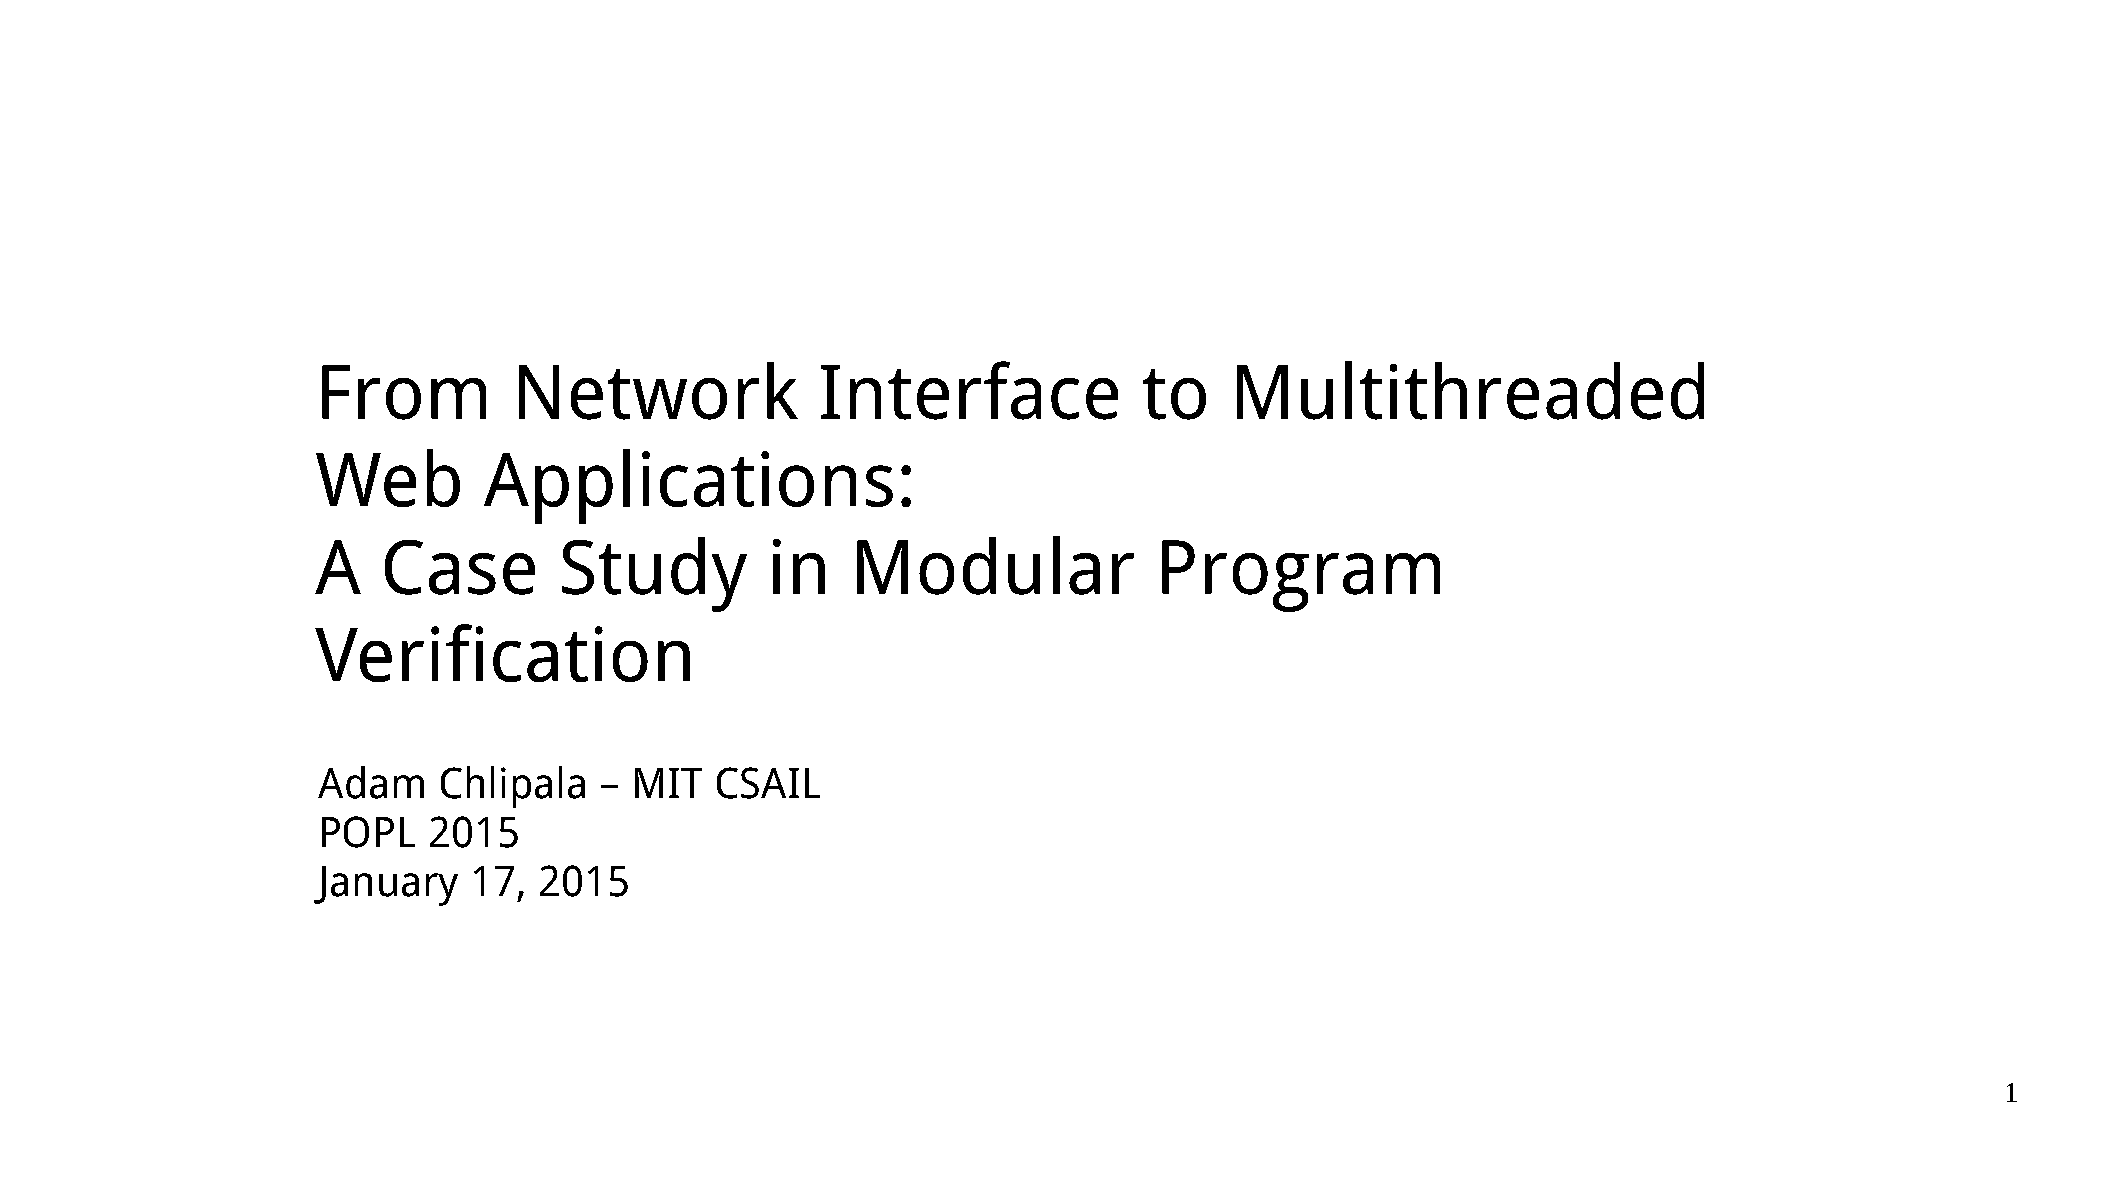
From         Network             Interface             to   Multithreaded
 Web        Applications:
 A   Case        Study         in   Modular             Program
 Verification
 Adam    Chlipala   – MIT  CSAIL
 POPL   2015
 January   17,  2015
 1